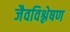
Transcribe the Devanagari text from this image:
जैवविश्लेषण